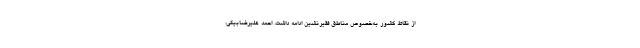
از نقاط کشور به‌خصوص مناطق فقیر‌نشین ادامه داشت. احمد علیرضابیگی،